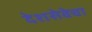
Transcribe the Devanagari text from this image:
देशसेवेचा